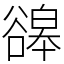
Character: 䜰